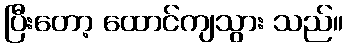
ပြီးတော့ ထောင်ကျသွား သည်။